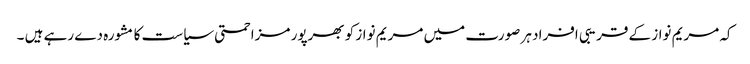
کہ مریم نواز کے قریبی افراد ہر صورت میں مریم نواز کو بھرپور مزاحمتی سیاست کا مشورہ دے رہے ہیں ۔